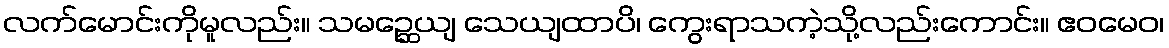
လက်မောင်းကိုမူလည်း။ သမဉ္ဆေယျ သေယျထာပိ၊ ကွေးရာသကဲ့သို့လည်းကောင်း။ ဧဝမေဝ၊